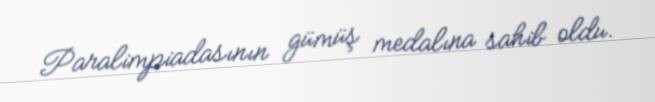
Paralimpiadasının gümüş medalına sahib oldu.